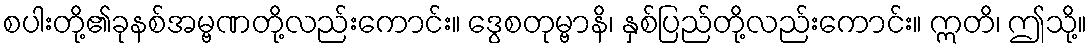
စပါးတို့၏ခုနစ်အမ္ဗဏတို့လည်းကောင်း။ ဒွေစတုမ္ဗာနိ၊ နှစ်ပြည်တို့လည်းကောင်း။ ဣတိ၊ ဤသို့။